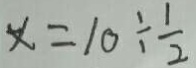
x = 1 0 \div \frac { 1 } { 2 }